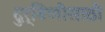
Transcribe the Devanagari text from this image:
दुर्बिणीसाठी